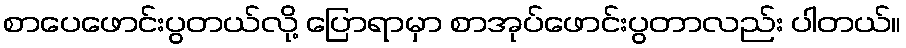
စာပေဖောင်းပွတယ်လို့ ပြောရာမှာ စာအုပ်ဖောင်းပွတာလည်း ပါတယ်။